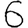
Digit: 6